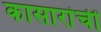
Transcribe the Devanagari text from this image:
कासारांचीं